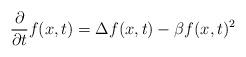
LaTeX: \begin{align*} \frac{\partial}{\partial t} f(x,t) = \Delta f(x,t) - \beta f(x,t)^2\end{align*}